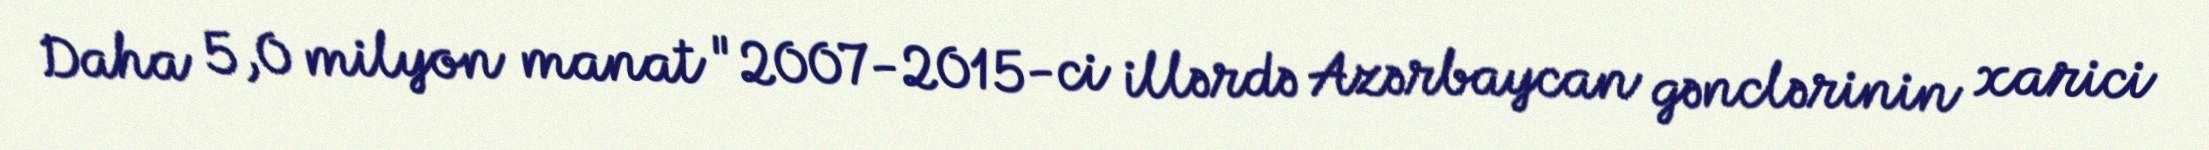
Daha 5,0 milyon manat "2007-2015-ci illərdə Azərbaycan gənclərinin xarici